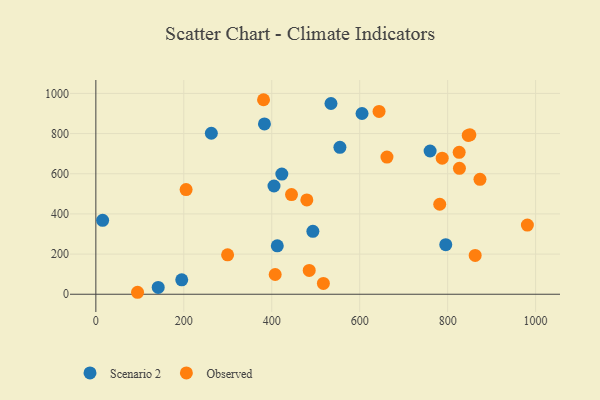
{"axis": {"x": "Investment", "y": "Rating"}, "legend": ["Observed", "Scenario 2"], "data": [{"x": "795.7", "y": 246.9, "type": "Scenario 2"}, {"x": "15.4", "y": 367.9, "type": "Scenario 2"}, {"x": "534.7", "y": 949.9, "type": "Scenario 2"}, {"x": "405.1", "y": 539.0, "type": "Scenario 2"}, {"x": "383.4", "y": 848.2, "type": "Scenario 2"}, {"x": "493.5", "y": 313.4, "type": "Scenario 2"}, {"x": "422.9", "y": 598.4, "type": "Scenario 2"}, {"x": "195.3", "y": 71.6, "type": "Scenario 2"}, {"x": "412.6", "y": 240.9, "type": "Scenario 2"}, {"x": "141.8", "y": 34.1, "type": "Scenario 2"}, {"x": "605.3", "y": 899.9, "type": "Scenario 2"}, {"x": "555.0", "y": 731.8, "type": "Scenario 2"}, {"x": "760.1", "y": 713.4, "type": "Scenario 2"}, {"x": "262.6", "y": 801.7, "type": "Scenario 2"}, {"x": "662.0", "y": 682.9, "type": "Observed"}, {"x": "826.8", "y": 627.1, "type": "Observed"}, {"x": "787.6", "y": 677.6, "type": "Observed"}, {"x": "873.5", "y": 572.4, "type": "Observed"}, {"x": "407.8", "y": 98.2, "type": "Observed"}, {"x": "517.4", "y": 53.9, "type": "Observed"}, {"x": "846.8", "y": 790.6, "type": "Observed"}, {"x": "850.6", "y": 793.7, "type": "Observed"}, {"x": "644.0", "y": 910.1, "type": "Observed"}, {"x": "381.3", "y": 968.6, "type": "Observed"}, {"x": "981.3", "y": 344.6, "type": "Observed"}, {"x": "826.2", "y": 706.5, "type": "Observed"}, {"x": "485.2", "y": 118.7, "type": "Observed"}, {"x": "479.8", "y": 469.7, "type": "Observed"}, {"x": "782.0", "y": 448.0, "type": "Observed"}, {"x": "205.2", "y": 521.1, "type": "Observed"}, {"x": "94.8", "y": 9.8, "type": "Observed"}, {"x": "299.6", "y": 196.4, "type": "Observed"}, {"x": "862.6", "y": 193.1, "type": "Observed"}, {"x": "444.9", "y": 496.5, "type": "Observed"}]}